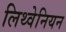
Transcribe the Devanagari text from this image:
लिथ्वेनियन